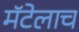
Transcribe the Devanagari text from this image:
मॅटेलाच